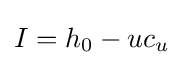
I=h_{0}-uc_{u}